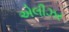
એલીઝર